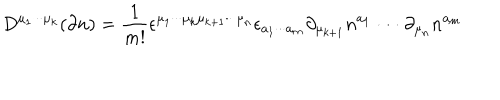
D ^ { \mu _ { 1 } \cdot \cdot \cdot \mu _ { k } } ( \partial n ) = \frac 1 { m ! } \epsilon ^ { \mu _ { 1 } \cdot \cdot \cdot \mu _ { k } \mu _ { k + 1 } \cdot \cdot \cdot \mu _ { n } } \epsilon _ { a _ { 1 } \cdot \cdot \cdot a _ { m } } \partial _ { \mu _ { k + 1 } } n ^ { a _ { 1 } } \cdot \cdot \cdot \partial _ { \mu _ { n } } n ^ { a _ { m } }